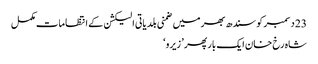
23 دسمبر کو سندھ بھر میں ضمنی بلدیاتی الیکشن کے انتظامات مکمل
شاہ رخ‌ خان ایک بار پھر ’ زیرو ‘